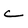
Character: C